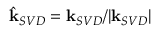
\hat { \mathbf { k } } _ { S V D } = \mathbf { k } _ { S V D } / | \mathbf { k } _ { S V D } |